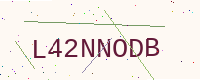
Text: L42NNODB